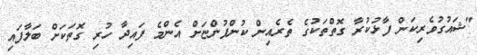
"ޝައުގުވެރިކަން ފާޅުކުރާ ގޮތްތަކުގެ ތެރެއިން ކުންފުންޏަށް އެންމެ ފައިދާ ހުރި ގޮތަކަށް ބަލާފައި